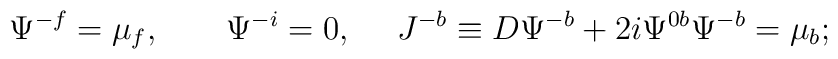
\Psi^{-f}=\mu_f, \qquad \Psi^{-i}=0, ~~~~ J^{-b}\equiv D\Psi^{-b}+2i\Psi^{0b}\Psi^{-b}=\mu_b;